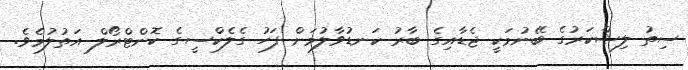
ސިތު ލިޝްކަރުގެ ބޭނުމަކީ ޖެޑާއިގެ ބާރު ކަނޑުވާލުމަށް ފަހު ގެލެކްސީގެ ކޮންޓްރޯލް އަތުލުމެވެ.